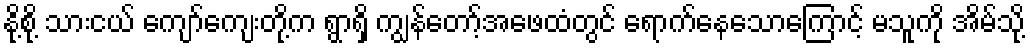
နို့စို့ သားငယ် ကျော်ကျေးတို့က ရွာရှိ ကျွန်တော့်အဖေထံတွင် ရောက်နေသောကြောင့် မသူကို အိမ်သို့